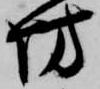
坊